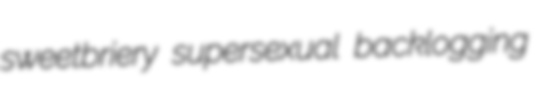
sweetbriery supersexual backlogging